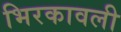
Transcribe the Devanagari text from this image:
भिरकावली